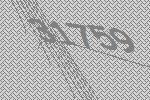
31759